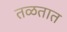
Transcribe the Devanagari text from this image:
तळतात